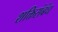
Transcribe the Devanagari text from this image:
शक्तिसंबंध